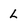
Character: L